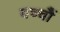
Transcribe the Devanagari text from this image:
बच्चोेैं